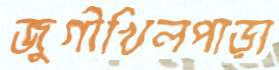
জুগীখিলপাড়া